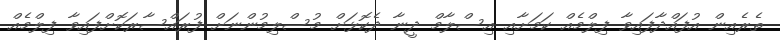
ތެރެއިން އުފައްދާފައިވާ ފިލްމެއް ކަމަށާއި އިސްލާމް ދީނާ ދެކޮޅަށް މުސްލިމުންނަށް ފުރައްސާރަކޮށްފައިވާ ފިލްމެއް